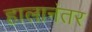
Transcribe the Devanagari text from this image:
हालानंतर